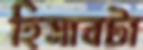
হিসাবটা